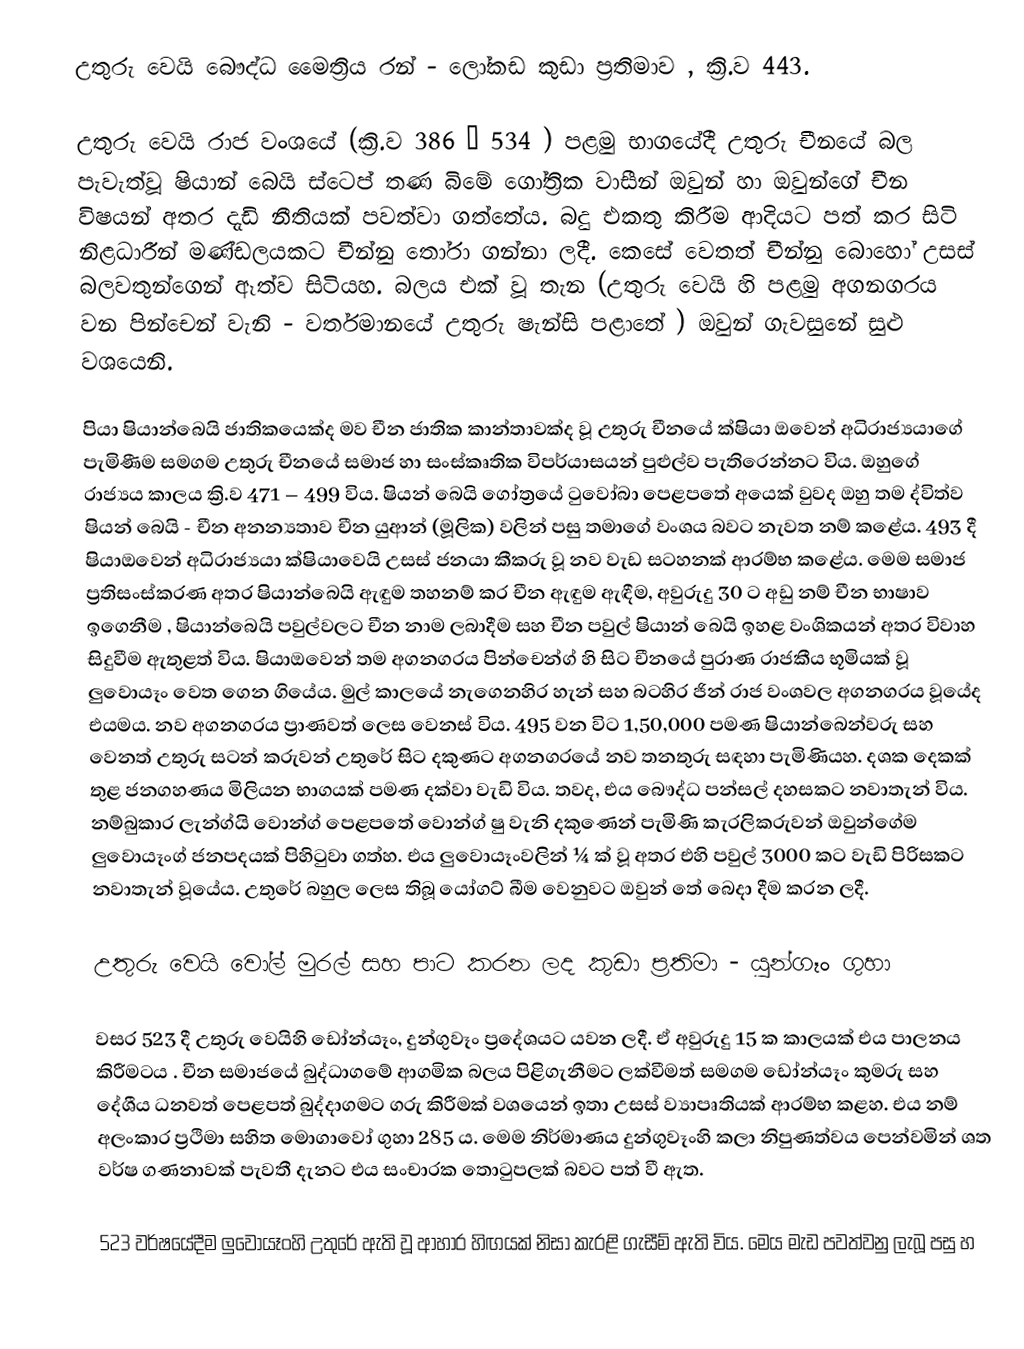
උතුරු වෙයි බෞද්ධ මෛත්‍රිය රන් - ලෝකඩ කුඩා ප්‍රතිමාව , ක්‍රි.ව 443.

උතුරු  වෙයි රාජ වංශයේ (ක්‍රි.ව 386 – 534 ) පළමු භාගයේදී උතුරු චීනයේ බල පැවැත්වූ ෂියාන් බෙයි ස්ටෙප් තණ බිමේ ගෝත්‍රික වාසීන් ඔවුන් හා ඔවුන්ගේ චීන විෂයන් අතර දැඩි නීතියක් පවත්වා ගත්තේය. බදු එකතු කිරීම ආදියට පත් කර සිටි නිළධාරීන් මණ්ඩලයකට චීන්නු තෝරා ගන්නා ලදී. කෙසේ වෙතත් චීන්නු බොහෝ උසස් බලවතුන්ගෙන් ඈත්ව සිටියහ. බලය එක් වූ තැන (උතුරු වෙයි හි පළමු අගනගරය වන පින්චෙන් වැනි - වර්තමානයේ උතුරු ෂැන්සි පළාතේ ) ඔවුන් ගැවසුනේ සුළු වශයෙනි.

පියා ෂියාන්බෙයි ජාතිකයෙක්ද මව චීන ජාතික කාන්තාවක්ද වූ උතුරු චීනයේ ක්ෂියා ඔවෙන් අධිරාජ්‍යයාගේ පැමිණීම සමගම උතුරු චීනයේ සමාජ හා සංස්කෘතික විපර්යාසයන් පුළුල්ව පැතිරෙන්නට විය. ඔහුගේ රාජ්‍යය කාලය ක්‍රි.ව 471 – 499 විය. ෂියන් බෙයි ගෝත්‍රයේ ටුවෝබා පෙළපතේ අයෙක් වුවද ඔහු තම ද්විත්ව ෂියන් බෙයි - චීන  අනන්‍යතාව චීන යුආන් (මූලික) වලින් පසු තමාගේ වංශය බවට නැවත නම් කළේය. 493 දී ෂියාඔවෙන් අධිරාජ්‍යයා ක්ෂියාවෙයි උසස් ජනයා කීකරු වූ නව වැඩ සටහනක් ආරම්භ කළේය. මෙම සමාජ ප්‍රතිසංස්කරණ අතර ෂියාන්බෙයි ඇඳුම තහනම් කර චීන ඇඳුම ඇඳීම, අවුරුදු 30 ට අඩු නම්  චීන භාෂාව ඉගෙනීම , ෂියාන්බෙයි පවුල්වලට චීන නාම ලබාදීම සහ චීන පවුල් ෂියාන් බෙයි ඉහළ වංශිකයන් අතර විවාහ සිදුවීම ඇතුළත් විය. ෂියාඔවෙන් තම අගනගරය පින්චෙන්ග් හි සිට චීනයේ පුරාණ රාජකීය භූමියක් වූ ලුවොයෑං වෙත ගෙන ගියේය. මුල් කාලයේ නැගෙනහිර හැන් සහ බටහිර ජින් රාජ වංශවල අගනගරය වූයේද එයමය. නව අගනගරය ප්‍රාණවත් ලෙස වෙනස් විය. 495 වන විට 1,50,000 පමණ ෂියාන්බෙන්වරු සහ වෙනත් උතුරු සටන් කරුවන් උතුරේ සිට දකුණට අගනගරයේ නව තනතුරු සඳහා පැමිණියහ. දශක දෙකක් තුළ ජනගහණය මිලියන භාගයක් පමණ දක්වා වැඩි විය. තවද, එය බෞද්ධ පන්සල් දහසකට නවාතැන් විය. නම්බුකාර ලැන්ග්යි වොන්ග් පෙළපතේ වොන්ග්  ෂු වැනි දකු‍ණෙන් පැමිණි කැරලිකරුවන් ඔවුන්ගේම ලුවොයෑංග් ජනපදයක් පිහිටුවා ගත්හ. එය ලුවොයෑංවලින් ¼ ක් වූ අතර එහි පවුල් 3000 කට වැඩි පිරිසකට නවාතැන් වූයේය. උතුරේ බහුල ලෙස තිබූ යෝගට් බීම වෙනුවට ඔවුන් තේ බෙදා දීම කරන ලදී.

උතුරු වෙයි වෝල් මුරල් සහ පාට කරන ලද කුඩා ප්‍රතිමා - යුන්ගෑං ගුහා

වසර 523 දී උතුරු වෙයිහි ඩෝන්යෑං, දුන්ගුවෑං ප්‍රදේශයට යවන ලදී. ඒ අවුරුදු 15 ක කාලයක් එය පාලනය කිරීමටය . චීන සමාජයේ බුද්ධාගමේ ආගමික බලය පිළිගැනීමට ලක්වීමත් සමගම ඩෝන්යෑං කුමරු සහ දේශීය ධනවත් පෙළපත් බුද්දාගමට ගරු කිරීමක් වශයෙන් ඉතා උසස් ව්‍යාපෘතියක් ආරම්භ කළහ. එය නම් අලංකාර ප්‍රථිමා සහිත මොගාවෝ ගුහා 285 ය. මෙම නිර්මාණය දුන්ගුවෑංහි කලා නිපුණත්වය පෙන්වමින් ශත වර්ෂ ගණනාවක් පැවතී දැනට එය සංචාරක තොටුපලක් බවට පත් වී ඇත.

523 වර්ෂයේදීම ලුවොයෑංහි උතුරේ ඇති වූ ආහාර හිඟයක් නිසා කැරළි ගැසීම් ඇති විය. මෙය මැඩ පවත්වනු ලැබූ පසු හ